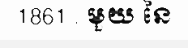
1861 . មួយ នៃ